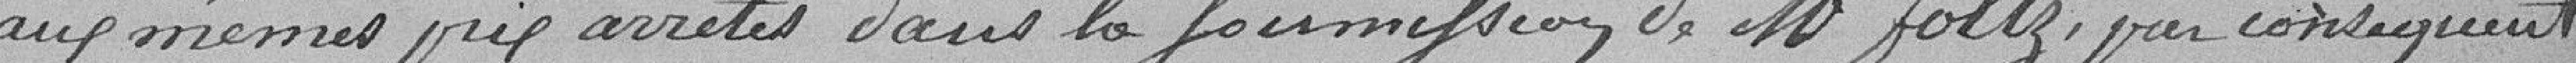
aux mêmes prix arrêtés dans la soumission de M. Foltz, par conséquent